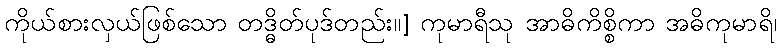
ကိုယ်စားလှယ်ဖြစ်သော တဒ္ဓိတ်ပုဒ်တည်း။] ကုမာရီသု အာဓိကိစ္စိကာ အဓိကုမာရိ၊